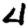
Digit: 4